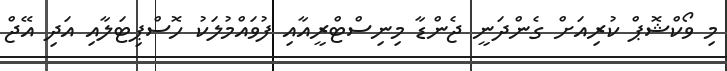
މި ވޯކްޝޮޕް ކުރިއަށް ގެންދަނީ ޖެންޑާ މިނިސްޓްރީއާއި ފުވައްމުލަކު ހޮސްޕިޓަލާއި އަދި އޭޖް